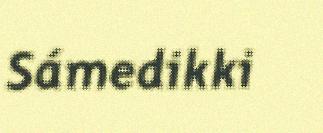
Sámedikki